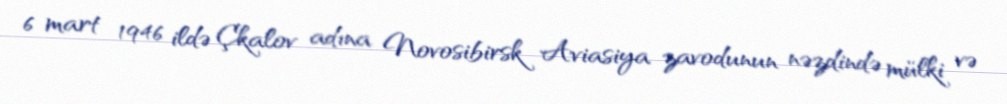
6 mart 1946 ildə Çkalov adına Novosibirsk Aviasiya zavodunun nəzdində mülki və